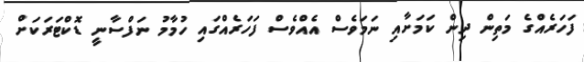
ފަހަރެއްގެ މަތިން ދިން ކަމަށާއި ނަމަވެސް އެއްވެސް ފަހަރެއްގައި ހުމާމު ނަފްސާނީ ޑޮކްޓަރަކަށް